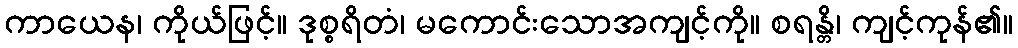
ကာယေန၊ ကိုယ်ဖြင့်။ ဒုစ္စရိတံ၊ မကောင်းသောအကျင့်ကို။ စရန္တိ၊ ကျင့်ကုန်၏။